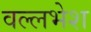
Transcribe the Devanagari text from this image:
वल्लभेश